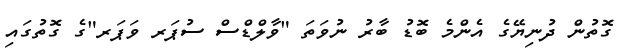
ގޮތުން ދުނިޔޭގެ އެންމެ ބޮޑު ބާރު ނުވަތަ "ވާލްޑްސް ސުޕަރ ވަޕަރ"ގެ ގޮތުގައި